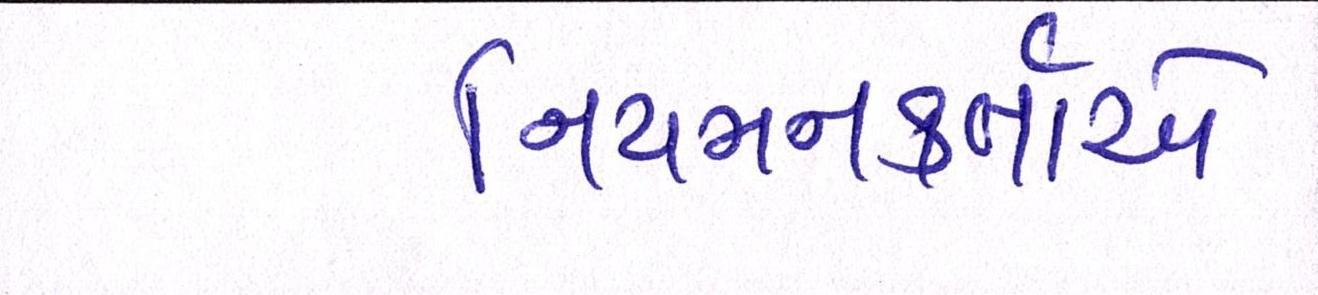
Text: નિયમનકર્તાએ